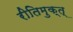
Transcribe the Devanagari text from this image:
रीतिमुक्त्